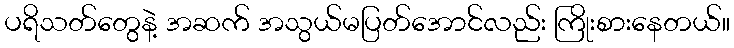
ပရိသတ်တွေနဲ့ အဆက် အသွယ်မပြတ်အောင်လည်း ကြိုးစားနေတယ်။